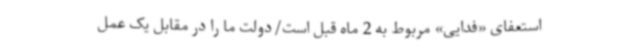
استعفای «فدایی» مربوط به 2 ماه قبل است/دولت ما را در مقابل یک عمل